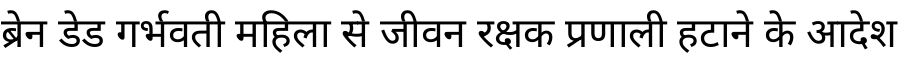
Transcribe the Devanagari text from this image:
ब्रेन डेड गर्भवती महिला से जीवन रक्षक प्रणाली हटाने के आदेश